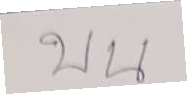
บน